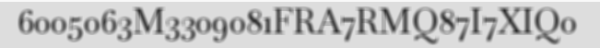
6005063M3309081FRA7RMQ87I7XIQ0